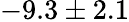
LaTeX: -9.3\pm 2.1